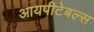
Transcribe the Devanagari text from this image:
आयपीटेबल्स